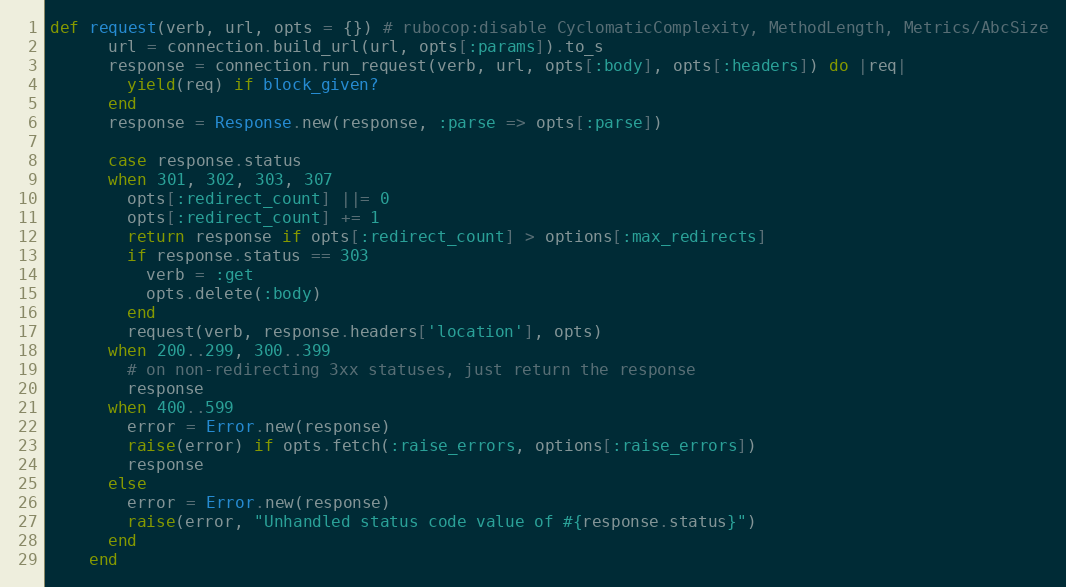
Language: Ruby
def request(verb, url, opts = {}) # rubocop:disable CyclomaticComplexity, MethodLength, Metrics/AbcSize
      url = connection.build_url(url, opts[:params]).to_s
      response = connection.run_request(verb, url, opts[:body], opts[:headers]) do |req|
        yield(req) if block_given?
      end
      response = Response.new(response, :parse => opts[:parse])

      case response.status
      when 301, 302, 303, 307
        opts[:redirect_count] ||= 0
        opts[:redirect_count] += 1
        return response if opts[:redirect_count] > options[:max_redirects]
        if response.status == 303
          verb = :get
          opts.delete(:body)
        end
        request(verb, response.headers['location'], opts)
      when 200..299, 300..399
        # on non-redirecting 3xx statuses, just return the response
        response
      when 400..599
        error = Error.new(response)
        raise(error) if opts.fetch(:raise_errors, options[:raise_errors])
        response
      else
        error = Error.new(response)
        raise(error, "Unhandled status code value of #{response.status}")
      end
    end